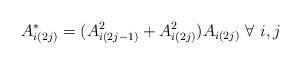
LaTeX: \begin{align*} A_{i(2j)}^* = (A_{i(2j-1)}^2 + A_{i(2j)}^2)A_{i(2j)} \ \forall \ i,j \end{align*}